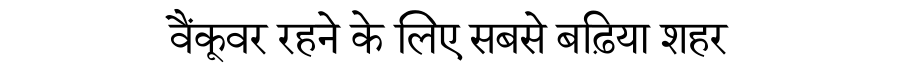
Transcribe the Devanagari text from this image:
वैंकूवर रहने के लिए सबसे बढ़िया शहर